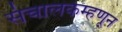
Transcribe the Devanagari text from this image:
संचालकम्हणून